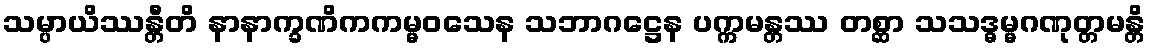
သမ္ပာယိဿန္တီတိ နာနာက္ခဏိကကမ္မဝသေန သဘာဂဋ္ဌေန ပက္ကမန္တဿ တစ္ဆာ သသဒ္ဓမ္မဂဏုတ္တမန္တိ